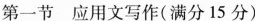
第一节 应用文写作(满分15分)